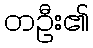
တဦး၏